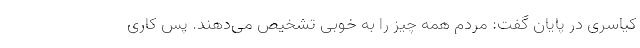
کیاسری در پایان گفت:‌ مردم همه چیز را به خوبی تشخیص می‌دهند. پس کاری